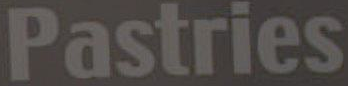
Pastries